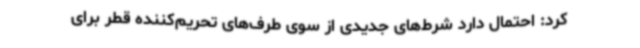
کرد: احتمال دارد شرط‌های جدیدی از سوی طرف‌های تحریم‌کننده قطر برای